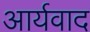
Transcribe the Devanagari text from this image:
आर्यवाद